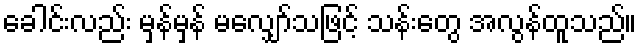
ခေါင်းလည်း မှန်မှန် မလျှော်သဖြင့် သန်းတွေ အလွန်ထူသည်။